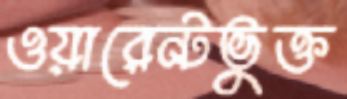
ওয়ারেন্টভুক্ত